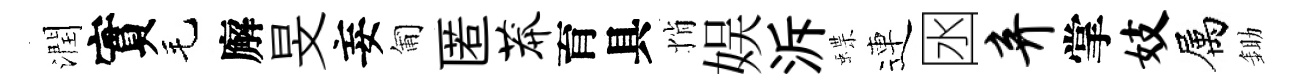
潤實毛廨旻妄匍匿莽育具悄娱泝蝶連囦弃掌妓属鋤